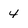
Character: 4